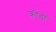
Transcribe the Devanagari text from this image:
क्रोड़ों